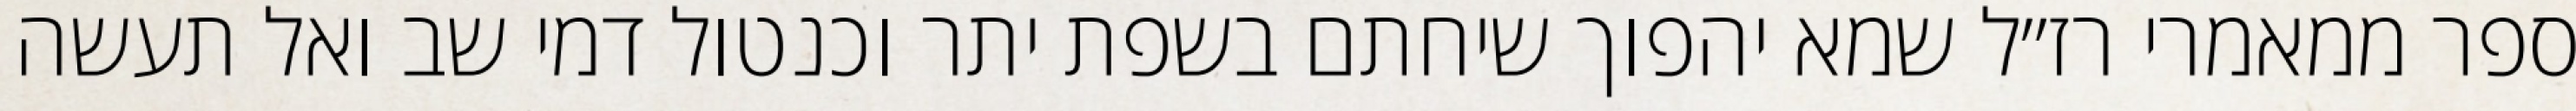
ספר ממאמרי רז״ל שמא יהפוך שיחתם בשפת יתר וכנטול דמי שב ואל תעשה